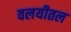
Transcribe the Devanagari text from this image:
वलयीतल